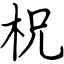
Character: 柷